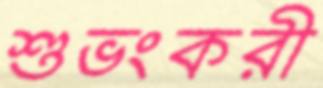
শুভংকরী